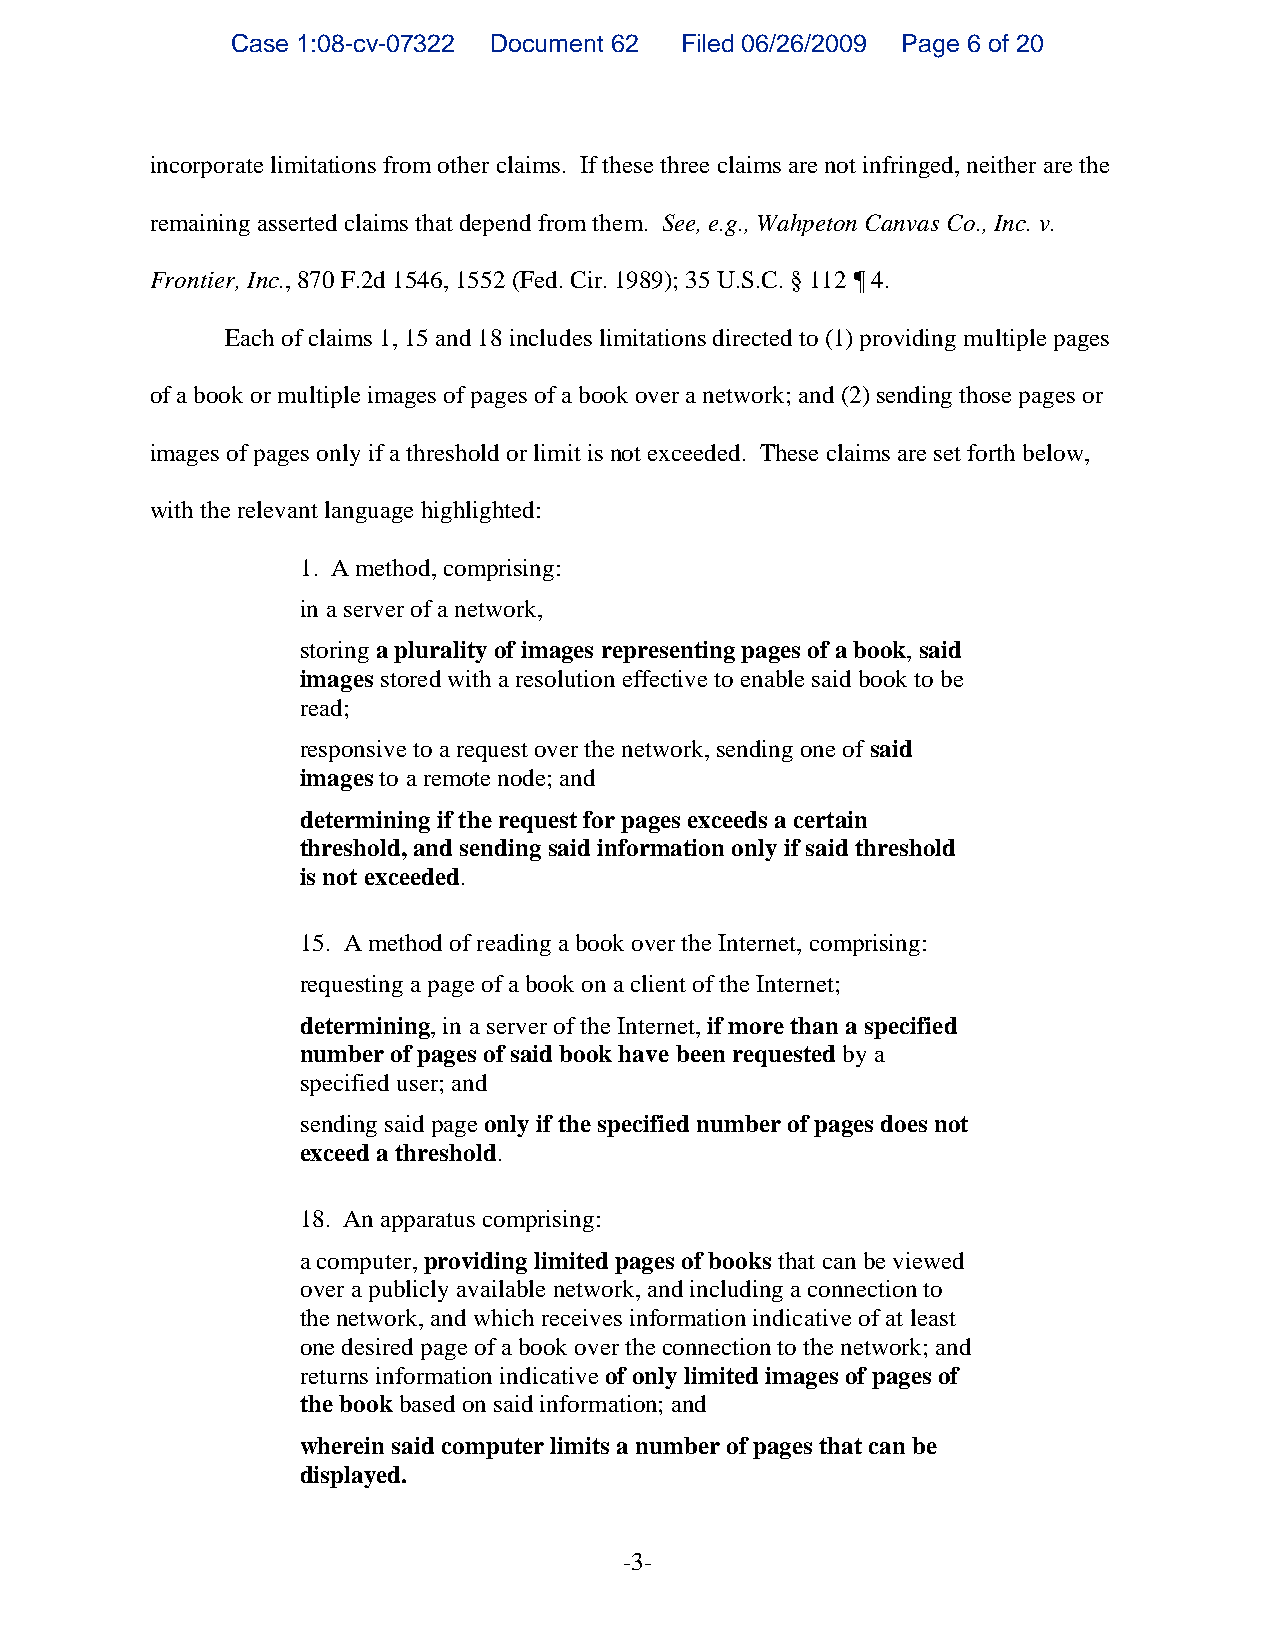
Case 1:08-cv-07322 Document 62 Filed 06/26/2009 Page 6 of 20
 incorporate limitations from other claims. If these three claims are not infringed, neither are the
 remaining asserted claims that depend from them. See, e.g., Wahpeton Canvas Co., Inc. v.
 Frontier, Inc., 870 F.2d 1546, 1552 (Fed. Cir. 1989); 35 U.S.C. § 112 ¶ 4.
 Each of claims 1, 15 and 18 includes limitations directed to (1) providing multiple pages
 of a book or multiple images of pages of a book over a network; and (2) sending those pages or
 images of pages only if a threshold or limit is not exceeded. These claims are set forth below,
 with the relevant language highlighted:
 1. A method, comprising:
 in a server of a network,
 storing a plurality of images representing pages of a book, said
 images stored with a resolution effective to enable said book to be
 read;
 responsive to a request over the network, sending one of said
 images to a remote node; and
 determining if the request for pages exceeds a certain
 threshold, and sending said information only if said threshold
 is not exceeded.
 15. A method of reading a book over the Internet, comprising:
 requesting a page of a book on a client of the Internet;
 determining, in a server of the Internet, if more than a specified
 number of pages of said book have been requested by a
 specified user; and
 sending said page only if the specified number of pages does not
 exceed a threshold.
 18. An apparatus comprising:
 a computer, providing limited pages of books that can be viewed
 over a publicly available network, and including a connection to
 the network, and which receives information indicative of at least
 one desired page of a book over the connection to the network; and
 returns information indicative of only limited images of pages of
 the book based on said information; and
 wherein said computer limits a number of pages that can be
 displayed.
 -3-